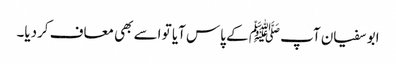
ابو سفیان آپ ﷺ کے پاس آیا تو اسے بھی معاف کردیا۔